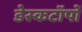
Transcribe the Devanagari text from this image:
डेस्कटॉपों